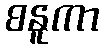
စနူကာ